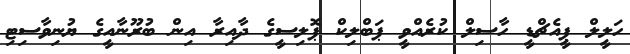
ހަލީލް ޕީއެޗްޑީ ހާސިލް ކުރެއްވީ ޕަބްލިކް ޕޮލިސީގެ ދާއިރާ އިން ބުރޫނާއީގެ ޔުނިވާސިޓި